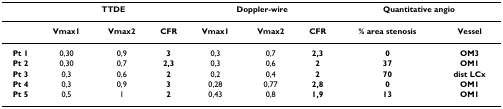
|  | <COLSPAN=3> TTDE | <COLSPAN=3> Doppler-wire | <COLSPAN=2> Quantitative angio |
 | --- | --- | --- | --- | --- | --- | --- | --- | --- |
 |  | Vmax1 | Vmax2 | CFR | Vmax1 | Vmax2 | CFR | % area stenosis | Vessel |
 | Pt 1 | 0,30 | 0,9 | 3 | 0,3 | 0,7 | 2,3 | 0 | OM3 |
 | Pt 2 | 0,30 | 0,7 | 2,3 | 0,3 | 0,6 | 2 | 37 | OM1 |
 | Pt 3 | 0,3 | 0,6 | 2 | 0,2 | 0,4 | 2 | 70 | dist LCx |
 | Pt 4 | 0,3 | 0,9 | 3 | 0,28 | 0,77 | 2,8 | 0 | OM1 |
 | Pt 5 | 0,5 | 1 | 2 | 0,43 | 0,8 | 1,9 | 13 | OM1 |